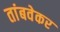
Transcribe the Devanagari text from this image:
तांबवेकर